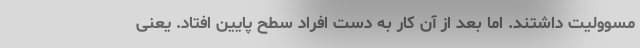
مسوولیت داشتند. اما بعد از آن کار به دست افراد سطح پایین افتاد. یعنی